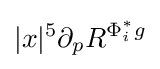
|x|^{5}\partial _{p}R^{\Phi _{i}^{\ast }g}